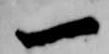
一